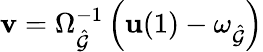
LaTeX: \mathbf{v}=\Omega_{\hat{\mathcal{G}}}^{-1}\left(\mathbf{u}(1)-\omega_{\hat{\mathcal{G}}}\right)